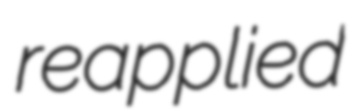
reapplied